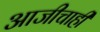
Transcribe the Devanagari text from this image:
आजीचाही